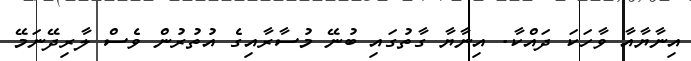
އިނާޔާއާ ވާހަކަ ދައްކާ. އިނާޔާ ގާތުގައި ބުނޭ މުސާރާއިގެ އުތުރުން ވެސް ލާރިދޭނަމޭ